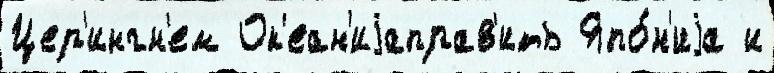
Цер'ингн'ем Ок'еан'иjаправ'ить Япо́н'иjа и